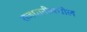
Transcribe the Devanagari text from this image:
राजधानीमधील